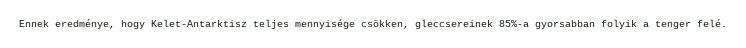
Ennek eredménye, hogy Kelet-Antarktisz teljes mennyisége csökken, gleccsereinek 85%-a gyorsabban folyik a tenger felé.